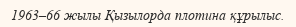
1963–66 жылы Қызылорда плотина құрылыс.